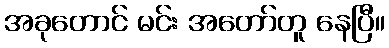
အခုတောင် မင်း အတော်တူ နေပြီ။